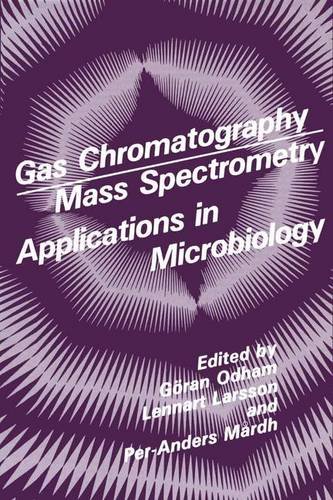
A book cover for Gas Chromatography-Mass Spectrometry: Applications in Microbiology; Science & Math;